Annual report on the Civil Veterinary Department, Burma (including the Insein Veterinary School) - 1932-1941
Year: 1932
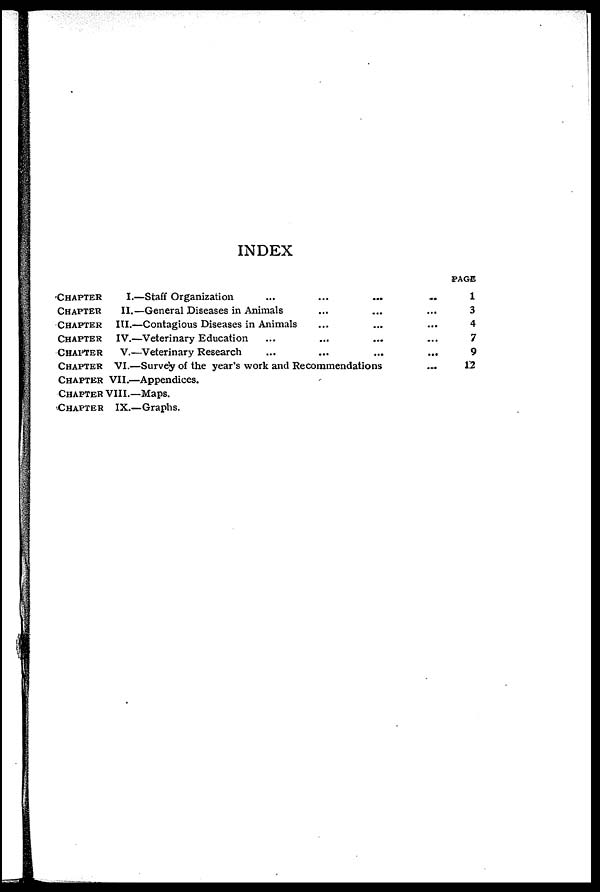
INDEX
CHAPTER
I.—Staff Organization
...
CHAPTER
II.—General Diseases in Animals
CHAPTER III.—Contagious Diseases in Animals
CHAPTER IV.—Veterinary Education
CHAPTER V.—Veterinary Research
...
...
...
...
...
...
...
...
...
...
...
...
CHAPTER VI.—Survey of the year's work and Recommendations
CHAPTER VII.—Appendices.
CHAPTER VIII.—Maps.
CHAPTER IX.—Graphs.
...
...
...
...
...
...
PAGE
1
3
4
7
9
12